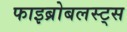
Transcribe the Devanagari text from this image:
फाइब्रोबलस्ट्स